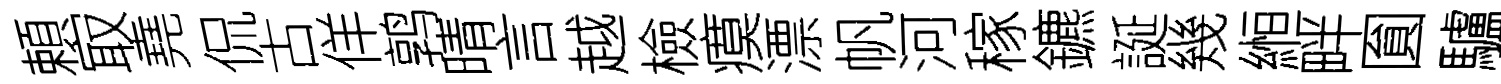
頼㝡堯侃古佯鹑晴言越檢瘼漂帆河稼鑣誕幾縆畔圎驢